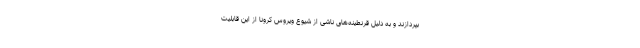
بپردازند و به دلیل قرنطینه‌های ناشی از شیوع ویروس کرونا از این قابلیت